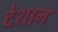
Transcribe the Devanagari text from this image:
देशान